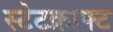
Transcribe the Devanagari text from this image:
स्टेटक्राफ्ट